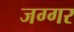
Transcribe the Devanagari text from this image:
जग्गर